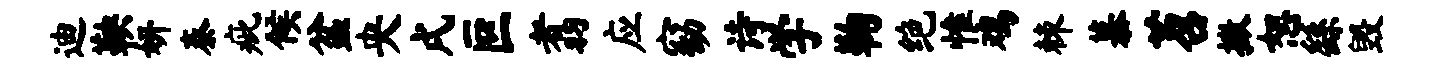
迪鞅妍泰疵候盆央戌叵翥应窈诗学鞠绝惟鸡棘慕苕撒恕繇毁